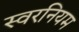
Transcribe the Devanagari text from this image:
स्वरनियम